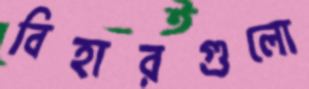
বিহারগুলো